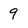
Character: 9